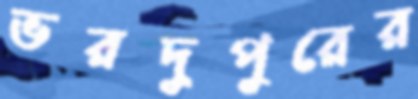
ভরদুপুরের